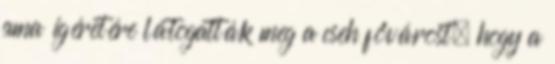
ama ígéretére látogatták meg a cseh fővárost, hogy a